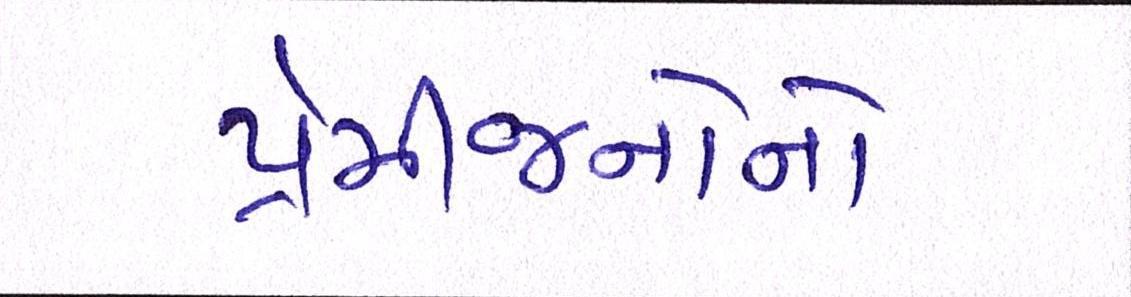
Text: પ્રેમીજનોનો